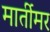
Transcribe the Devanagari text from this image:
मार्तीमर